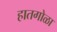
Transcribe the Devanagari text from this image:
हातगोळा